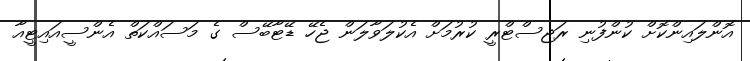
އޮންލައިންކޮށް ކުންފުނި ރަޖިސްޓްރީ ކުރުމަށް އެކުލަވާލަން ޖެހޭ ޑޭޓާބޭސް ގެ މަސައްކަތް އެންސީއައިޓީއާ